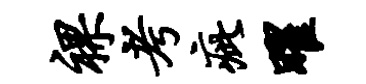
裸考疵曜